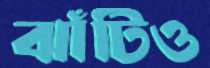
ঝাঁটিও